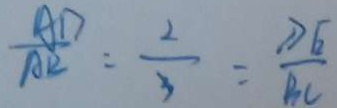
\frac { A D } { A B } = \frac { 2 } { 3 } = \frac { D E } { B C }